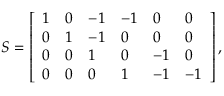
S = \left[ \begin{array} { l l l l l l } { 1 } & { 0 } & { - 1 } & { - 1 } & { 0 } & { 0 } \\ { 0 } & { 1 } & { - 1 } & { 0 } & { 0 } & { 0 } \\ { 0 } & { 0 } & { 1 } & { 0 } & { - 1 } & { 0 } \\ { 0 } & { 0 } & { 0 } & { 1 } & { - 1 } & { - 1 } \end{array} \right] ,